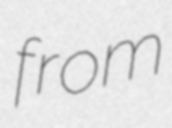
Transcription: from